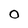
Character: O